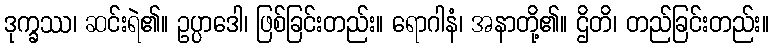
ဒုက္ခဿ၊ ဆင်းရဲ၏။ ဥပ္ပာဒေါ၊ ဖြစ်ခြင်းတည်း။ ရောဂါနံ၊ အနာတို့၏။ ဌိတိ၊ တည်ခြင်းတည်း။